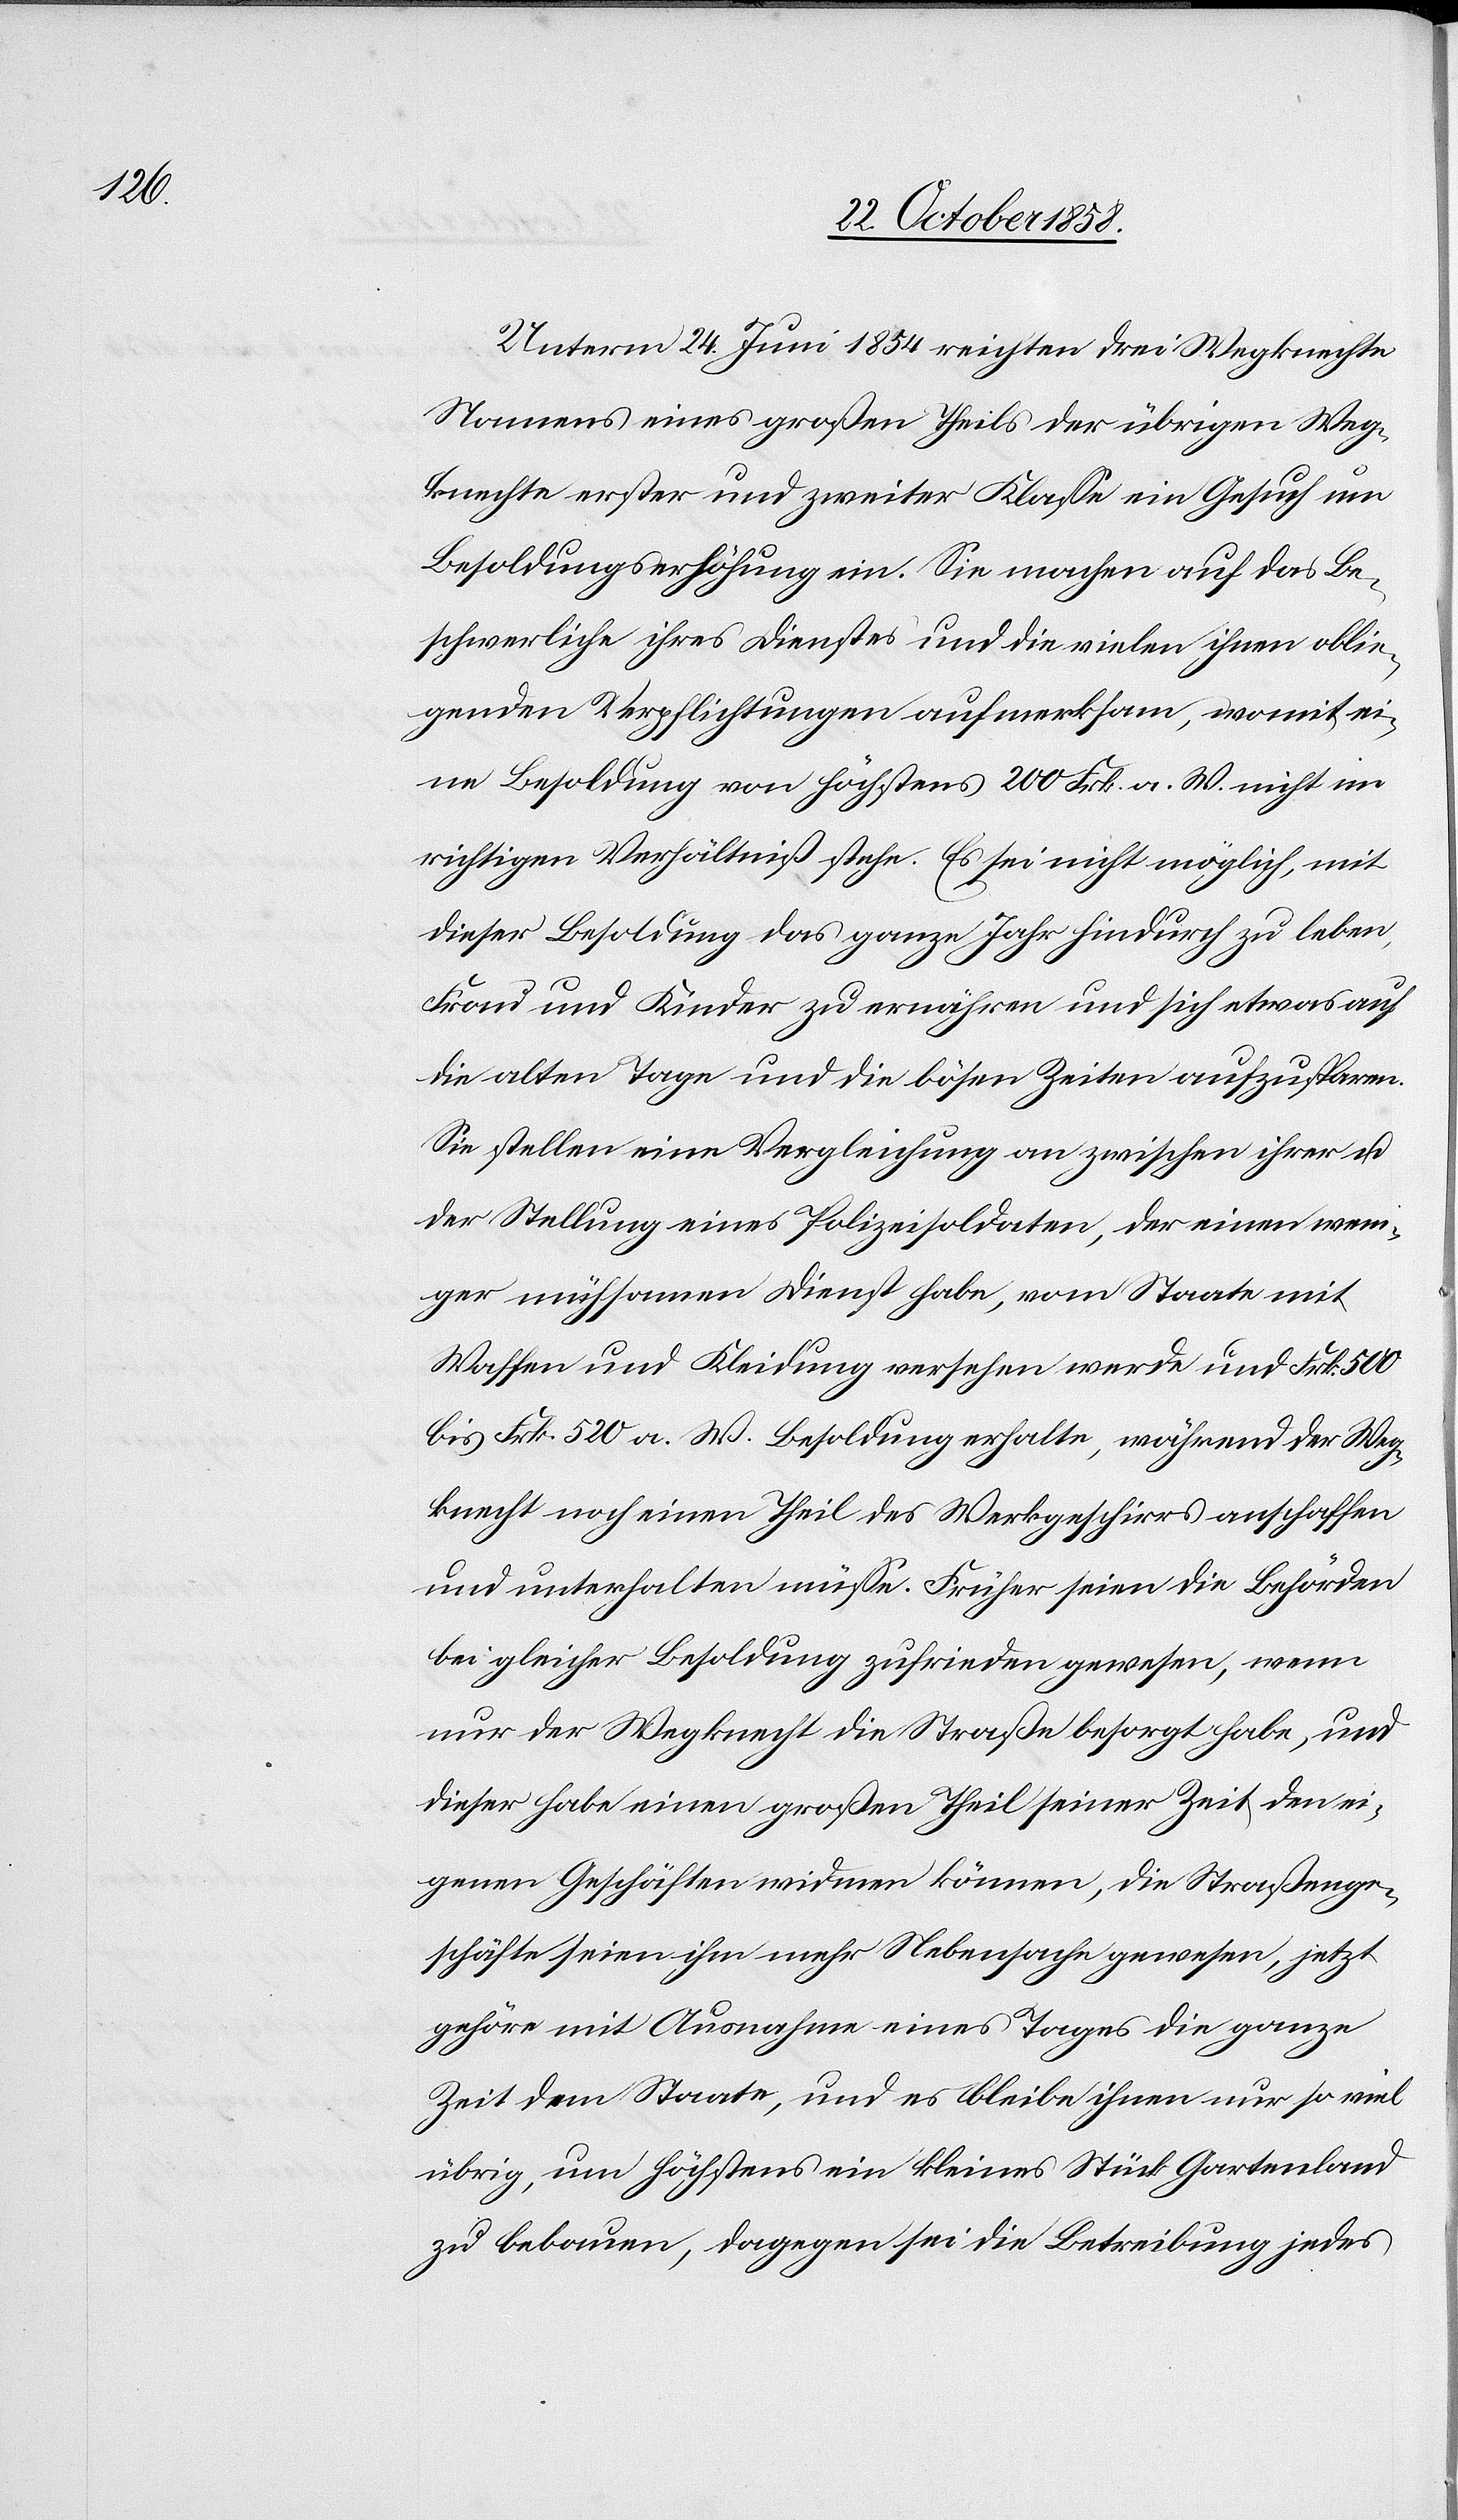
Unterm 24. Juni 1854 reichten drei Wegknechte
Namens eines großen Theils der übrigen Weg¬
knechte erster und zweiter Klasse ein Gesuch um
Besoldungserhöhung ein. Sie machen auf das Be¬
schwerliche ihres Dienstes und die vielen ihnen oblie¬
genden Verpflichtungen aufmerksam, womit ei¬
ne Besoldung von höchstens 200 Frk. a. W. nicht im
richtigen Verhältniß stehe. Es sei nicht möglich, mit
dieser Besoldung das ganze Jahr hindurch zu leben,
Frau und Kinder zu ernähren und sich etwas auf
die alten Tage und die bösen Zeiten aufzusparen.
Sie stellen eine Vergleichung an zwischen ihrer u.
der Stellung eines Polizeisoldaten, der einen weni¬
ger mühsamen Dienst habe, vom Staate mit
Waffen und Kleidung versehen werde und Frk. 500
bis Frk. 520 a. W. Besoldung erhalte, während der Weg¬
knecht noch einen Theil des Werkgeschirrs anschaffen
und unterhalten müsse. Früher seien die Behörden
bei gleicher Besoldung zufrieden gewesen, wenn
nur der Wegknecht die Straße besorgt habe, und
dieser habe einen großen Theil seiner Zeit den ei¬
genen Geschäften widmen können, die Straßenge¬
schäfte seien ihm mehr Nebensache gewesen, jetzt
gehöre mit Ausnahme eines Tages die ganze
Zeit dem Staate, und es bleibe ihnen nur so viel
übrig, um höchstens ein kleines Stück Gartenland
zu bebauen, dagegen sei die Betreibung jedes